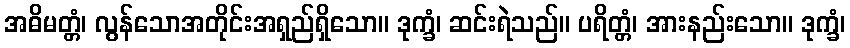
အဓိမတ္တံ၊ လွန်သောအတိုင်းအရှည်ရှိသော။ ဒုက္ခံ၊ ဆင်းရဲသည်။ ပရိတ္တံ၊ အားနည်းသော။ ဒုက္ခံ၊